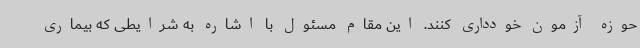
حوزه آزمون خودداری کنند. این مقام مسئول با اشاره به شرایطی که بیماری